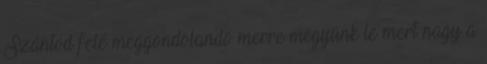
Szántód felé meggondolandó merre megyünk le mert nagy a